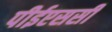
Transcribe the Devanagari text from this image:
पीईएससी